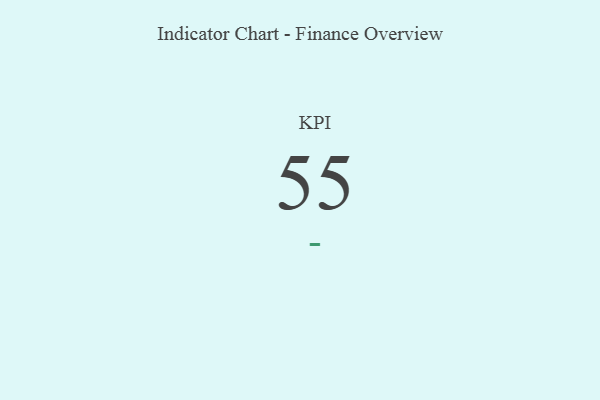
{"axis": {"x": "KPI", "y": "Value"}, "legend": [""], "data": [{"x": "KPI", "y": 55, "type": ""}]}